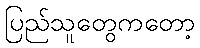
ပြည်သူတွေကတော့